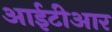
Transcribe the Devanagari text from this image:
आईटीआर